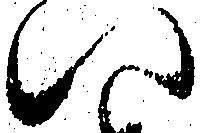
い